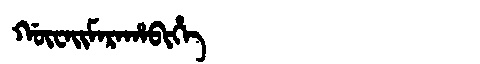
Manchu: ᡤᡡᠸᠠᡳᠮᠠᡵᠠᡥᠠᠪᡳᡥᡝ
Romanization: GŪWAIMARAHABIHE